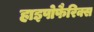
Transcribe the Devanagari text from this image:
हाइपोफैरिक्स